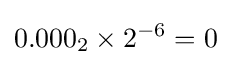
0.000_{2}\times 2^{-6}=0